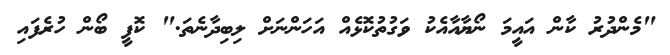
"މެންދުރު ކާން އައީމަ ނޯޔާއާއެކު ވަގުތުކޮޅެއް އަހަންނަށް ލިބިދާނެތަ." ކޮފީ ބޯން ހުރެފައި